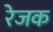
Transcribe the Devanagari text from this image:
रेजक